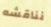
نناقشه